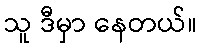
သူ ဒီမှာ နေတယ်။